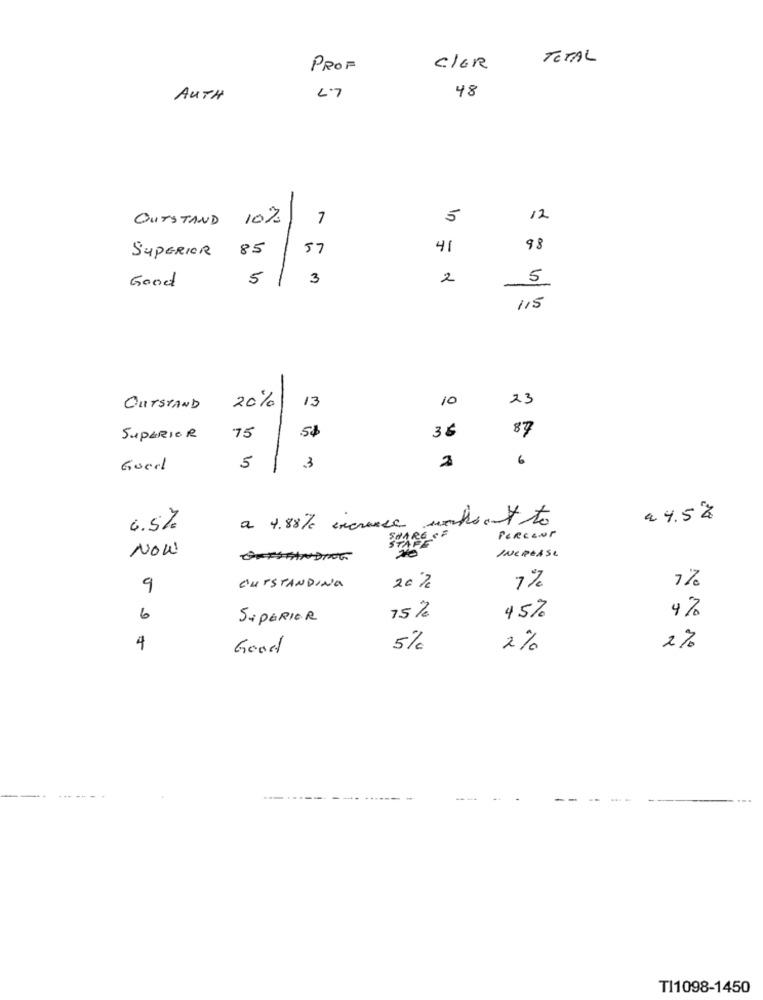
TOTAL
PROF
C/GR
48
AUTH
47
OUTSTAND 10%
7
5
12
57
41
98
SUPERIOR 85
5
3
2
5
Good
115
13
10
23
OUTSTAND
20%
5$
36
87
SUPERIOR
75
6
Goed
5
.3
2
months ont to
24.5%
6.5%
a 4.88/ increase
PERCENT
NOW
INCREASE
7%
9
OUTSTANDING
20%
7%
4%
6
SUPERIOR
15 %
45%
4
Good
5%
2%
2%
TI1098-1450